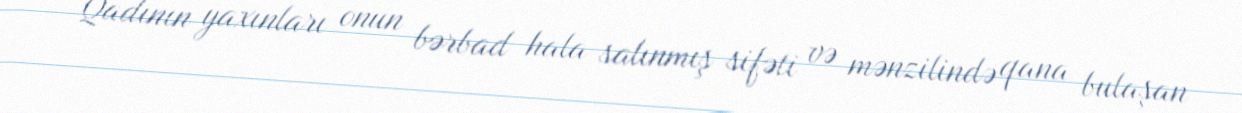
Qadının yaxınları onun bərbad hala salınmış sifəti və mənzilində qana bulaşan